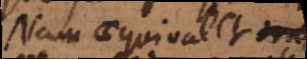
seu aequivalet